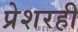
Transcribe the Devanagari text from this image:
प्रेशरही